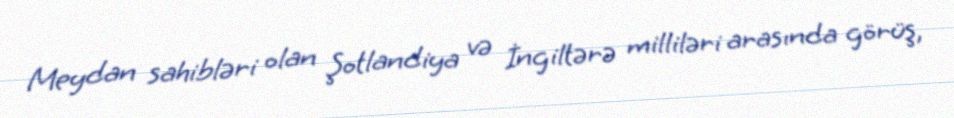
Meydan sahibləri olan Şotlandiya və İngiltərə milliləri arasında görüş,